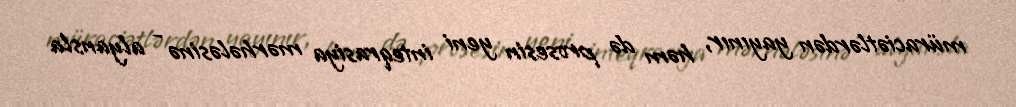
müraciətlərdən yayınır, həm də prosesin yeni inteqrasiya mərhələsinə - alyansla